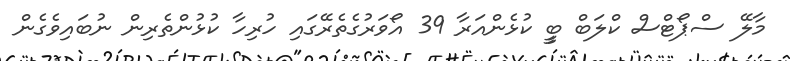
މާލޭ ސްޕޯޓްސް ކްލަބް ބީީ ކުޅެންއަރާ 39 އޯވަރުގެތެރޭގަައި ހުރިހާ ކުޅުންތެރިން ނުބައިވެގެން